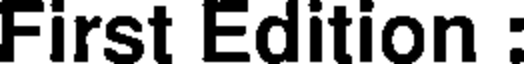
First Edition :